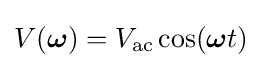
V({\boldsymbol {\omega }})=V_{\mathrm {ac} }\cos({\boldsymbol {\omega }}t)\;